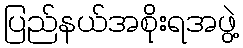
ပြည်နယ်အစိုးရအဖွဲ့